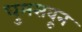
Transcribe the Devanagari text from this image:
धुमसवून